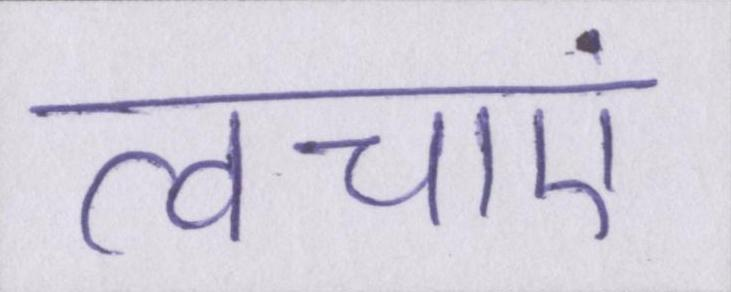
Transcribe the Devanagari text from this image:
त्वचाएं